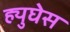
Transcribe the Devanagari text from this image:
ह्युघेस